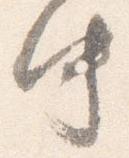
中